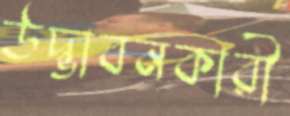
উদ্ভাবনকারী